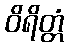
ဝိရိတ္တံ